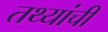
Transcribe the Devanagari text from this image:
तथ्यांची